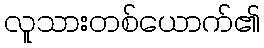
လူသားတစ်ယောက်၏